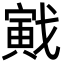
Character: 戭